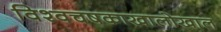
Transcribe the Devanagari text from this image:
विश्वचषकाखालोखाल